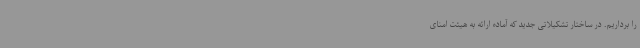
را برداریم. در ساختار تشکیلاتی جدید که آماده ارائه به هیئت امنای